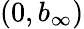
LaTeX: \left(0,b_{\infty}\right)